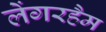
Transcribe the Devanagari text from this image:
लेंगरहैम